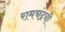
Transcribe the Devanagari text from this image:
रामचंद्रची